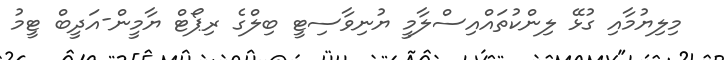
މިލިޔުމާއި ގުޅޭ ލިންކުތައްއިސްލާމީ ޔުނިވާސިޓީ ބިލްގެ ރިޕޯޓް ޔާމީން-އަދީބް ޓީމު